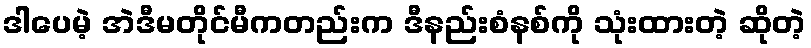
ဒါပေမဲ့ အဲဒီမတိုင်မီကတည်းက ဒီနည်းစံနစ်ကို သုံးထားတဲ့ ဆိုတဲ့